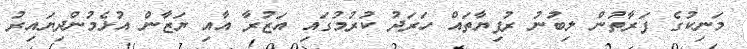
މަނިކުގެ ފަރާތުން ލިބުނު ރުފިޔާތައް ހަރަދު ކުރުމުގައި އަޒުރާ އާއި ޔަޒާން އުޅެމުންދިޔައިރު